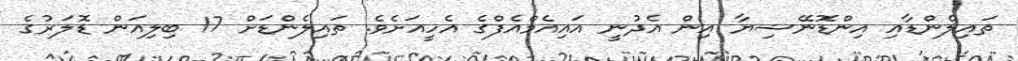
ތައިލެންޑާއި އިންޑޮނޭޝިޔާ އިން އެދުނީ އައިއެމްއެފްގެ އެހީއަށެވެ. ތައިލެންޑަށް 17 ބިލިއަން ޑޮލަރުގެ